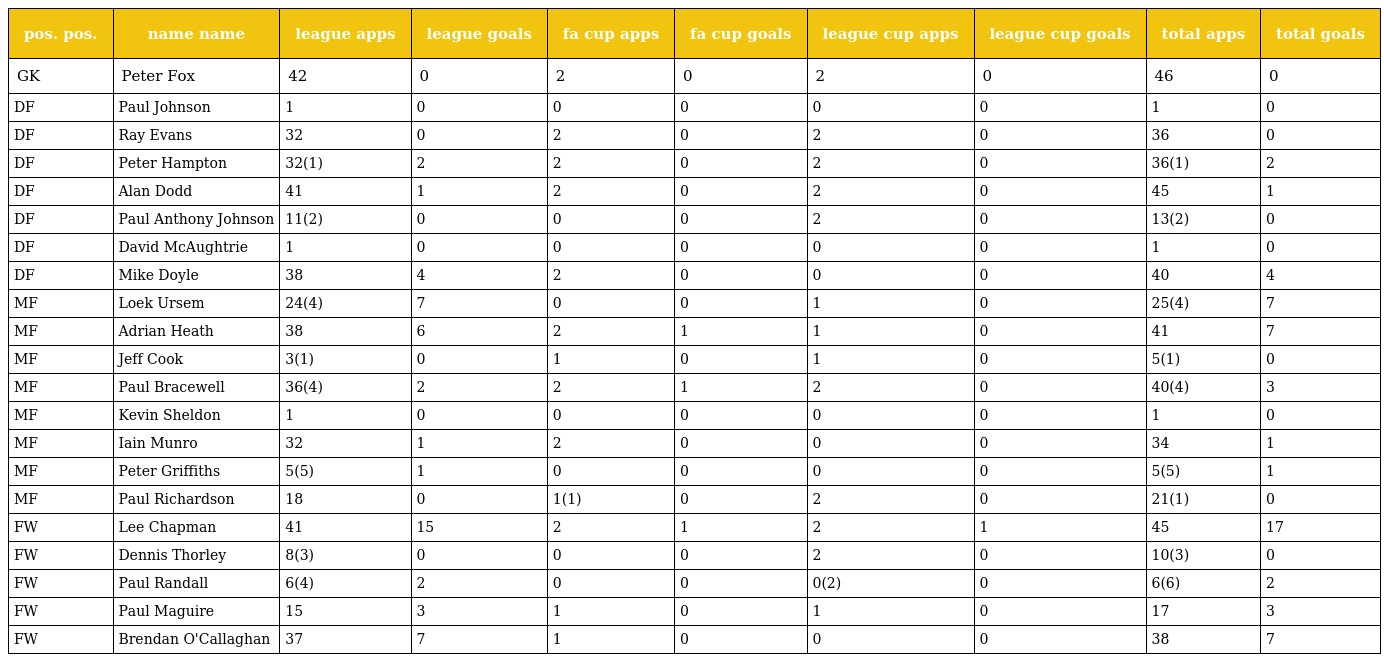
| pos. pos. | name name | league apps | league goals | fa cup apps | fa cup goals | league cup apps | league cup goals | total apps | total goals |
 | --- | --- | --- | --- | --- | --- | --- | --- | --- | --- |
 | GK | Peter Fox | 42 | 0 | 2 | 0 | 2 | 0 | 46 | 0 |
 | DF | Paul Johnson | 1 | 0 | 0 | 0 | 0 | 0 | 1 | 0 |
 | DF | Ray Evans | 32 | 0 | 2 | 0 | 2 | 0 | 36 | 0 |
 | DF | Peter Hampton | 32(1) | 2 | 2 | 0 | 2 | 0 | 36(1) | 2 |
 | DF | Alan Dodd | 41 | 1 | 2 | 0 | 2 | 0 | 45 | 1 |
 | DF | Paul Anthony Johnson | 11(2) | 0 | 0 | 0 | 2 | 0 | 13(2) | 0 |
 | DF | David McAughtrie | 1 | 0 | 0 | 0 | 0 | 0 | 1 | 0 |
 | DF | Mike Doyle | 38 | 4 | 2 | 0 | 0 | 0 | 40 | 4 |
 | MF | Loek Ursem | 24(4) | 7 | 0 | 0 | 1 | 0 | 25(4) | 7 |
 | MF | Adrian Heath | 38 | 6 | 2 | 1 | 1 | 0 | 41 | 7 |
 | MF | Jeff Cook | 3(1) | 0 | 1 | 0 | 1 | 0 | 5(1) | 0 |
 | MF | Paul Bracewell | 36(4) | 2 | 2 | 1 | 2 | 0 | 40(4) | 3 |
 | MF | Kevin Sheldon | 1 | 0 | 0 | 0 | 0 | 0 | 1 | 0 |
 | MF | Iain Munro | 32 | 1 | 2 | 0 | 0 | 0 | 34 | 1 |
 | MF | Peter Griffiths | 5(5) | 1 | 0 | 0 | 0 | 0 | 5(5) | 1 |
 | MF | Paul Richardson | 18 | 0 | 1(1) | 0 | 2 | 0 | 21(1) | 0 |
 | FW | Lee Chapman | 41 | 15 | 2 | 1 | 2 | 1 | 45 | 17 |
 | FW | Dennis Thorley | 8(3) | 0 | 0 | 0 | 2 | 0 | 10(3) | 0 |
 | FW | Paul Randall | 6(4) | 2 | 0 | 0 | 0(2) | 0 | 6(6) | 2 |
 | FW | Paul Maguire | 15 | 3 | 1 | 0 | 1 | 0 | 17 | 3 |
 | FW | Brendan O'Callaghan | 37 | 7 | 1 | 0 | 0 | 0 | 38 | 7 |